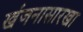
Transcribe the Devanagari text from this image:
खंजनासारखा